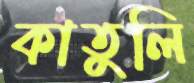
কাতুলি